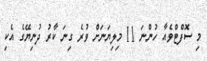
މި ސޮފްޓްވެއާ ހުންނަ 11 މިލިޔަނަށް ވުރެ ގިނަ ކާރު ދުނިޔޭގެ އެކި